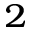
^ 2